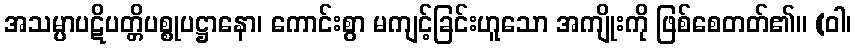
အသမ္ပာပဋိပတ္တိပစ္စုပဋ္ဌာနော၊ ကောင်းစွာ မကျင့်ခြင်းဟူသော အကျိုးကို ဖြစ်စေတတ်၏။ (ဝါ၊